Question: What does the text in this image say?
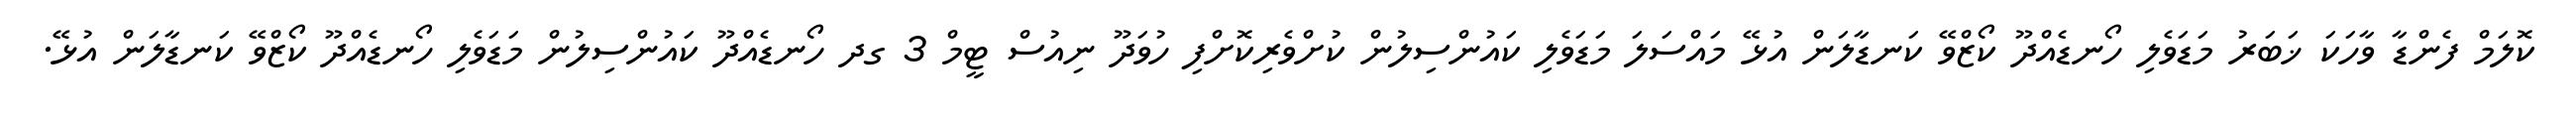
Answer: ކޮލަމް ފެންޑާ ވާހަކަ ޚަބަރު މަޑަވެލި ހޯނޑެއްދޫ ކޯޒްވޭ ކަނޑާލަން އުޅޭ މައްސަލަ މަޑަވެލި ކައުންސިލުން ކުށްވެރިކޮށްފި ހުވަދޫ ނިއުސް ޓީމް 3 ގދ ހޯނޑެއްދޫ ކައުންސިލުން މަޑަވެލި ހޯނޑެއްދޫ ކޯޒްވޭ ކަނޑާލަން އުޅޭ.